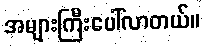
အများကြီးပေါ်လာတယ်။